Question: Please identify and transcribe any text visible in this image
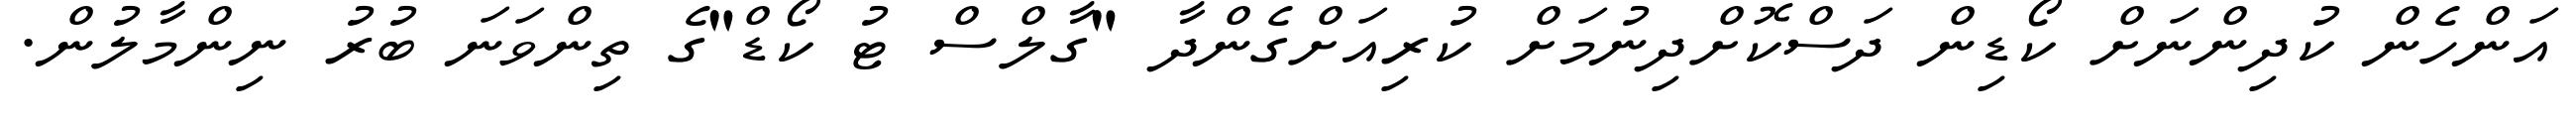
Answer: އަންހެން ކުދިންނަށް ކޯޑިން ދަސްކޮށްދިނުމަށް ކުރިއަށްގެންދާ "ގާލްސް ޓު ކޯޑް"ގެ ތިންވަނަ ބުރު ނިންމާލުން.